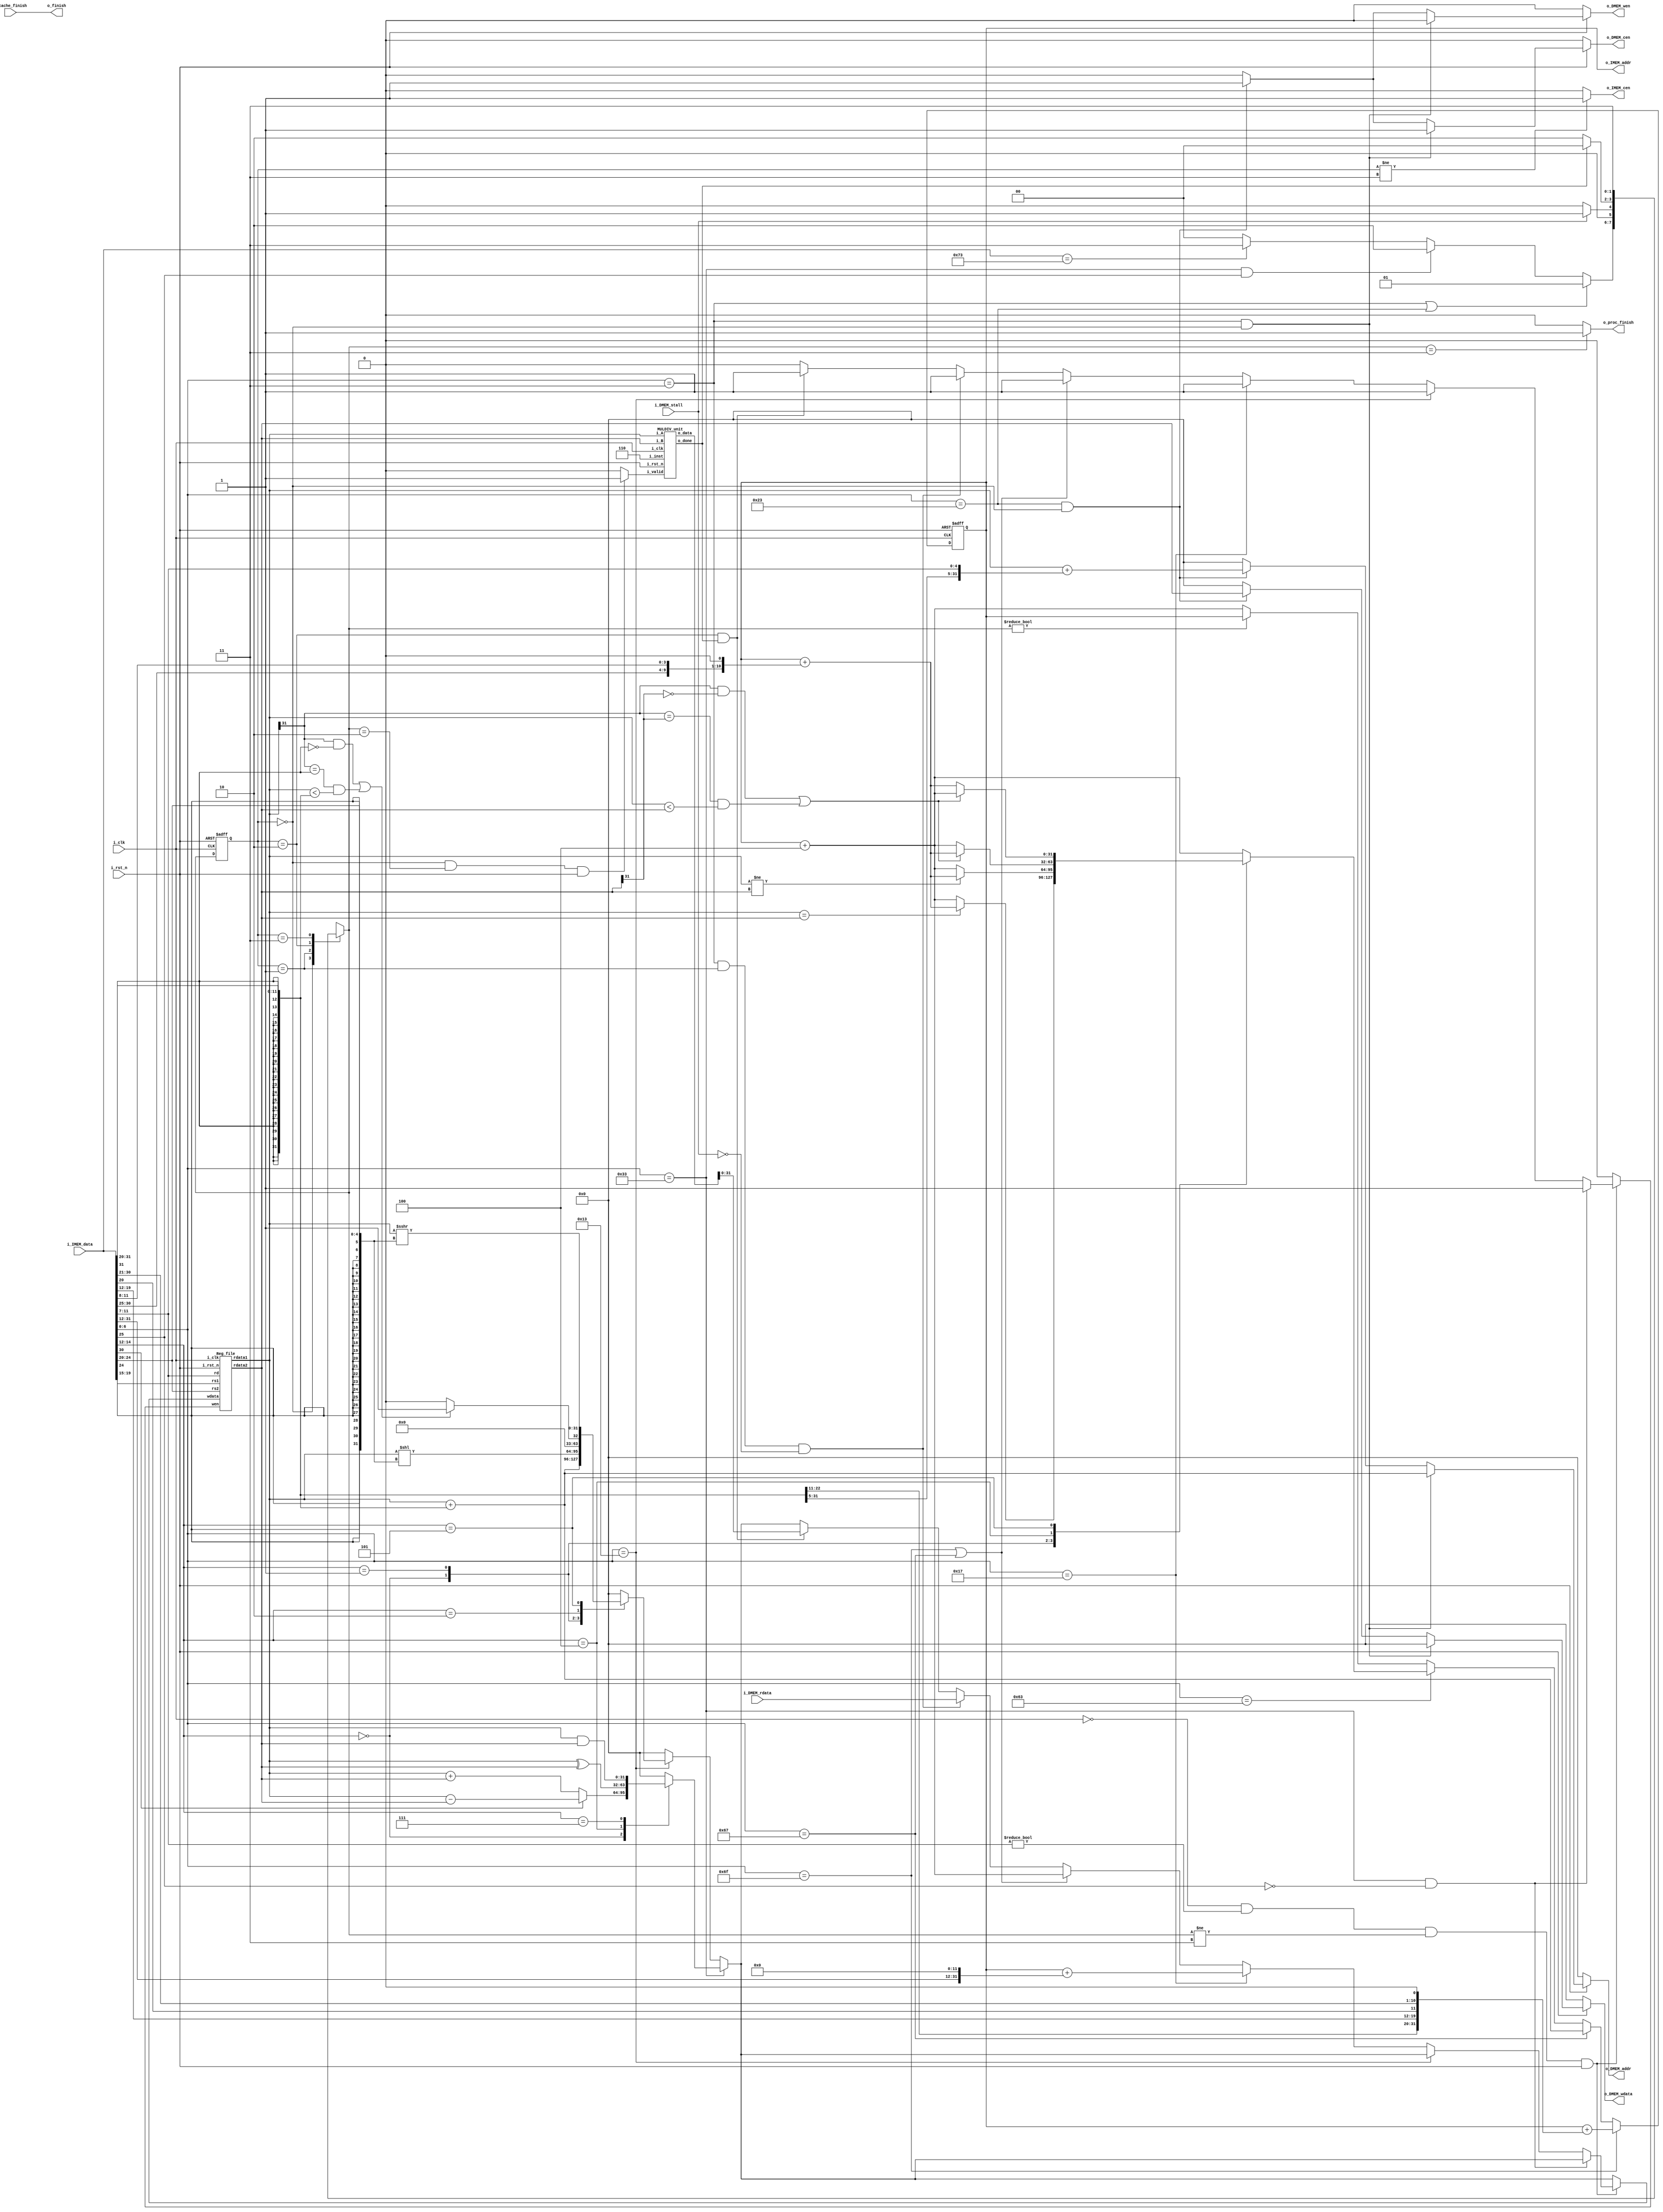
//----------------------------- DO NOT MODIFY THE I/O INTERFACE!! ------------------------------//
module CHIP #(                                                                                  //
    parameter BIT_W = 32                                                                        //
)(                                                                                              //
    // clock                                                                                    //
        input               i_clk,                                                              //
        input               i_rst_n,                                                            //
    // instruction memory                                                                       //
        input  [BIT_W-1:0]  i_IMEM_data,                                                        //
        output [BIT_W-1:0]  o_IMEM_addr,                                                        //
        output              o_IMEM_cen,                                                         //
    // data memory                                                                              //
        input               i_DMEM_stall,                                                       //
        input  [BIT_W-1:0]  i_DMEM_rdata,                                                       //
        output              o_DMEM_cen,                                                         //
        output              o_DMEM_wen,                                                         //
        output [BIT_W-1:0]  o_DMEM_addr,                                                        //
        output [BIT_W-1:0]  o_DMEM_wdata,                                                       //
    // finnish procedure                                                                        //
        output              o_finish,                                                           //
    // cache                                                                                    //
        input               i_cache_finish,                                                     //
        output              o_proc_finish                                                       //
);                                                                                              //
//----------------------------- DO NOT MODIFY THE I/O INTERFACE!! ------------------------------//

// ------------------------------------------------------------------------------------------------------------------------------------------------------
// Parameters
// ------------------------------------------------------------------------------------------------------------------------------------------------------
    // TODO: any declaration
    // ========  FSM  ==========
    // FSM based on operation cycles
    parameter S_INIT           = 2'd0;
    parameter S_MEM_ACCESS     = 2'd1;
    parameter S_MUL            = 2'd2;
    parameter S_TERMINAL       = 2'd3;

// ------------------------------------------------------------------------------------------------------------------------------------------------------
// Wires and Registers
// ------------------------------------------------------------------------------------------------------------------------------------------------------
    
    // TODO: any declaration
        reg  [BIT_W-1:0] PC, next_PC;
        reg mem_cen, mem_wen;
        reg [BIT_W-1:0] mem_addr, mem_wdata;
        //reg [BIT_W-1:0] mem_rdata;
        //reg mem_stall;
        reg  [     1: 0] state, state_nxt; 
        wire [    31: 0] instruction;
        reg  [    31: 0] reg_wdata;
        reg              reg_wen;
        wire [    31: 0] reg_rdata1, reg_rdata2;
        reg  [    31: 0] result;
        wire  mul_valid;
        wire  [    31: 0] mul_result,mul_result_overflow;
        wire  mul_done;
// ------------------------------------------------------------------------------------------------------------------------------------------------------
// Continuous Assignment
// ------------------------------------------------------------------------------------------------------------------------------------------------------

    // TODO: any wire assignment
    assign o_IMEM_addr = PC;
    assign o_IMEM_cen  = (state != S_TERMINAL) ? 1'b1 : 1'b0;

    assign instruction = i_IMEM_data;
    assign o_proc_finish  = (state_nxt == S_TERMINAL) ? 1'b1 : 1'b0;
    assign o_finish = i_cache_finish;
    assign o_DMEM_cen = mem_cen;
    assign o_DMEM_wen = mem_wen;
    assign o_DMEM_addr = mem_addr;
    assign o_DMEM_wdata = mem_wdata;
    // assign i_DMEM_rdata = mem_rdata;
    // assign i_DMEM_stall = mem_stall;
    assign mul_valid = (state == S_INIT && state_nxt == S_MUL && i_rst_n) ? 1'b1 : 1'b0;

// ------------------------------------------------------------------------------------------------------------------------------------------------------
// Submoddules
// ------------------------------------------------------------------------------------------------------------------------------------------------------

    // TODO: Reg_file wire connection
    Reg_file reg0(               
        .i_clk  (i_clk),             
        .i_rst_n(i_rst_n),         
        .wen    (reg_wen),          
        .rs1    (instruction[19:15]),                
        .rs2    (instruction[24:20]),                
        .rd     (instruction[11:7]),                 
        .wdata  (reg_wdata),             
        .rdata1 (reg_rdata1),           
        .rdata2 (reg_rdata2)
    );
    MULDIV_unit M1(
        .i_clk  (i_clk),             
        .i_rst_n(i_rst_n),         
        .i_valid(mul_valid),             
        .i_A    (reg_rdata1),           
        .i_B    (reg_rdata2),           
        .i_inst (3'd6),    
        .o_data ({mul_result_overflow,mul_result}),           
        .o_done (mul_done)
    );
    
// ------------------------------------------------------------------------------------------------------------------------------------------------------
// Always Blocks
// ------------------------------------------------------------------------------------------------------------------------------------------------------
    //ALU
    always @(*) begin
        if(instruction[6:0] == 7'b0110011)begin
            case(instruction[14:12])
                3'b000:begin
                    if(instruction[30] == 1'b1)
                        result = reg_rdata1 - reg_rdata2;
                    else
                        result = reg_rdata1 + reg_rdata2;
                end
                3'b100: result = reg_rdata1 ^ reg_rdata2;
                3'b111: result = reg_rdata1 & reg_rdata2;
                default: result = 32'h0;
            endcase
        end
        else if(instruction[6:0] == 7'b0010011)begin
            case(instruction[14:12])
                3'b000: result = reg_rdata1 + {{20{instruction[31]}},instruction[31:20]};
                3'b001: result = reg_rdata1 << {{27{instruction[24]}},instruction[24:20]};
                3'b010: result = ( ((reg_rdata1[31] == 1'b1) && (instruction[31] == 1'b0))
                    || ((reg_rdata1[31] == instruction[31]) && (reg_rdata1 < {{20{instruction[31]}},instruction[31:20]}))
                    ) ? 32'b1 : 32'b0;
                //dangerous
                3'b101: result = reg_rdata1 >>> {{27{instruction[24]}},instruction[24:20]};
                default: result = 32'h0;
            endcase
        end
        else
            result = 32'h0;
    end
    //pcnxt function
    always @(*) begin
        if(instruction[6:0] == 7'b1101111) begin
            next_PC = PC + {{12{instruction[31]}}, instruction[19:12], instruction[20], instruction[30:21], 1'b0};
        end
        else if(instruction[6:0] == 7'b1100111) begin
            next_PC = {{20{instruction[31]}},instruction[31:20]} + reg_rdata1;
        end
        else if(instruction[6:0] == 7'b1100011) begin
            case(instruction[14:12])
                3'b000: begin
                    if(reg_rdata1 == reg_rdata2)
                        next_PC = PC + {{12{instruction[31]}}, instruction[7], instruction[30:25], instruction[11:8], 1'b0};
                    else
                        next_PC = PC + 32'h4;
                end
                3'b001: begin
                    if(reg_rdata1 != reg_rdata2)
                        next_PC = PC + {{12{instruction[31]}}, instruction[7], instruction[30:25], instruction[11:8], 1'b0};
                    else
                        next_PC = PC + 32'h4;
                end
                3'b100: begin
                    if( ((reg_rdata1[31] == 1'b1) && (reg_rdata2[31] == 1'b0)) 
                        || ((reg_rdata1[31] == reg_rdata2[31]) && (reg_rdata1 < reg_rdata2))
                    )
                        next_PC = PC + {{12{instruction[31]}}, instruction[7], instruction[30:25], instruction[11:8], 1'b0};
                    else
                        next_PC = PC + 32'h4;
                end
                3'b101: begin
                    if( ((reg_rdata1[31] == 1'b1) && (reg_rdata2[31] == 1'b0)) 
                        || ((reg_rdata1[31] == reg_rdata2[31]) && (reg_rdata1 < reg_rdata2))
                    )
                        next_PC = PC + 32'h4;
                    else
                        next_PC = PC + {{12{instruction[31]}}, instruction[7], instruction[30:25], instruction[11:8], 1'b0};
                end
                default: begin
                    next_PC = PC + 32'h4;
                end
            endcase
        end
        else if (state_nxt != S_INIT)begin
            next_PC = PC;
        end
        else begin
            next_PC = PC + 32'h4;
        end

    end

    //mem access
    always @(*) begin
        if(!i_rst_n ) begin
            mem_cen = 1'b0;
            mem_wen = 1'b0;
            mem_addr = 32'h0;
            mem_wdata = 32'h0;
        end
        else if (instruction[6:0] == 7'b0000011 && state == S_INIT) begin
            mem_cen = 1'b1;
            mem_wen = 1'b0;
            mem_addr = reg_rdata1 + {{20{instruction[31]}},instruction[31:20]};
            mem_wdata = 32'b0;
        end
        else if (instruction[6:0] == 7'b0100011 && state == S_INIT)begin
            mem_cen = 1'b1;
            mem_wen = 1'b1;
            mem_addr = reg_rdata1 + {{20{instruction[31]}},instruction[31:25], instruction[11:7]};
            mem_wdata = reg_rdata2;
        end
        else begin
            mem_cen = 1'b0;
            mem_wen = 1'b0;
            mem_addr = 32'h0;
            mem_wdata = 32'h0;
        end
    end
    //reg write
    always @(*) begin
        if (i_clk == 1'b0 && instruction[11:7]!= 5'b00000 && state_nxt != S_TERMINAL && i_rst_n) begin
            if(instruction[6:0] == 7'b0110011 && instruction[25] == 1'b0) begin
                reg_wdata = result;
                reg_wen = 1'b1;
            end
            else if(instruction[6:0] == 7'b0010011) begin
                reg_wdata = result;
                reg_wen = 1'b1;
            end 
            else if(instruction[6:0] == 7'b0010111) begin
                reg_wdata = PC + {instruction[31:12],12'b0};
                reg_wen = 1'b1;
            end
            else if(instruction[6:0] == 7'b1101111 || instruction[6:0] == 7'b1100111) begin
                reg_wdata = PC + 32'b100;
                reg_wen = 1'b1;
            end
            else if(instruction[6:0] == 7'b0000011 && state == S_MEM_ACCESS && i_DMEM_stall == 0) begin
                reg_wdata = i_DMEM_rdata;
                reg_wen = 1'b1;
            end
            else if(state == S_MUL && mul_done == 1'b1) begin
                reg_wdata = mul_result;
                reg_wen = 1'b1;
            end
            else begin
                reg_wen = 1'b0;                 
                reg_wdata = result;            
            end
        end
        else begin
            reg_wen = 1'b0;                 
            reg_wdata = result;
        end
    end

    // Todo: FSM
    always @(*) begin
        case(state)
            S_INIT: begin
                if (instruction[6:0] == 7'b0000011 || instruction[6:0] == 7'b0100011)
                    state_nxt = S_MEM_ACCESS;
                else if (instruction[6:0] == 7'b0110011 && instruction[25] == 1'b1)
                    state_nxt = S_MUL;
                else if (instruction == 32'h00000073)
                    state_nxt = S_TERMINAL;
                else
                    state_nxt = S_INIT;
            end
            S_MEM_ACCESS: begin
                if (i_DMEM_stall == 0)
                    state_nxt = S_INIT;
                else
                    state_nxt = S_MEM_ACCESS;
            end
            S_MUL: begin
                if (mul_done == 1'b1)
                    state_nxt = S_INIT;
                else
                    state_nxt = S_MUL;
            end
            S_TERMINAL: begin
                state_nxt = S_TERMINAL;
            end
            default: begin
                state_nxt = state;
            end
        endcase
    end


    always @(posedge i_clk or negedge i_rst_n) begin
        if (!i_rst_n) begin
            PC <= 32'h00010000; // Do not modify this value!!!
            state <= S_INIT;
        end
        else begin
            PC <= next_PC;
            state <= state_nxt;
        end
    end
endmodule

module Reg_file(i_clk, i_rst_n, wen, rs1, rs2, rd, wdata, rdata1, rdata2);
   
    parameter BITS = 32;
    parameter word_depth = 32;
    parameter addr_width = 5; // 2^addr_width >= word_depth
    
    input i_clk, i_rst_n, wen; // wen: 0:read | 1:write
    input [BITS-1:0] wdata;
    input [addr_width-1:0] rs1, rs2, rd;

    output [BITS-1:0] rdata1, rdata2;

    reg [BITS-1:0] mem [0:word_depth-1];
    reg [BITS-1:0] mem_nxt [0:word_depth-1];

    integer i;

    assign rdata1 = mem[rs1];
    assign rdata2 = mem[rs2];

    always @(*) begin
        for (i=0; i<word_depth; i=i+1)
            mem_nxt[i] = (wen && (rd == i)) ? wdata : mem[i];
    end

    always @(posedge i_clk or negedge i_rst_n) begin
        if (!i_rst_n) begin
            mem[0] <= 0;
            for (i=1; i<word_depth; i=i+1) begin
                case(i)
                    32'd2: mem[i] <= 32'hbffffff0;
                    32'd3: mem[i] <= 32'h10008000;
                    default: mem[i] <= 32'h0;
                endcase
            end
        end
        else begin
            mem[0] <= 0;
            for (i=1; i<word_depth; i=i+1)
                mem[i] <= mem_nxt[i];
        end       
    end
endmodule

module MULDIV_unit#(
    parameter DATA_W = 32
    // TODO: port declaration
    )(
    input                       i_clk,   // clock
    input                       i_rst_n, // reset

    input                       i_valid, // input valid signal
    input [DATA_W - 1 : 0]      i_A,     // input operand A
    input [DATA_W - 1 : 0]      i_B,     // input operand B
    input [         2 : 0]      i_inst,  // instruction

    output [2*DATA_W - 1 : 0]   o_data,  // output value
    output                      o_done   // output valid signal
    );
// Parameters
    // ======== choose your FSM style ==========
    // 1. FSM based on operation cycles
    parameter S_IDLE           = 2'd0;
    parameter S_ONE_CYCLE_OP   = 2'd1;
    parameter S_MULTI_CYCLE_OP = 2'd2;

// Wires & Regs
    // Todo
    // state
    reg  [         1: 0] state, state_nxt; // remember to expand the bit width if you want to add more states!

    // load input
    reg  [  DATA_W-1: 0] operand_a, operand_a_nxt;
    reg  [  DATA_W-1: 0] operand_b, operand_b_nxt;
    reg  [         2: 0] inst, inst_nxt;
    //other
    reg  [2*DATA_W-1: 0] output_data;
    reg  [2*DATA_W-1: 0] output_nxt;
    reg  [         4: 0] mul_div_counter;
    reg  [         4: 0] counter_nxt;
    reg  oDone;
    reg  oDone_nxt;
    reg  [2*DATA_W-1: 0] temp1, temp2;
// Wire Assignments
    // Todo
    assign o_done = oDone;
    assign o_data = output_data;
  
// Always Combination
    // load input
    always @(*) begin
        if (i_valid) begin
            operand_a_nxt = i_A;
            operand_b_nxt = i_B;
            inst_nxt      = i_inst;
        end
        else begin
            operand_a_nxt = operand_a;
            operand_b_nxt = operand_b;
            inst_nxt      = inst;
        end
    end
    // Todo: FSM
    always @(*) begin
        case(state)
            S_IDLE           : // if i_inst = 0~5, we can go s_one_cycle_op
            if (i_valid) begin
                if (i_inst >= 3'd6)
                    state_nxt = S_MULTI_CYCLE_OP;
                else
                    state_nxt = S_ONE_CYCLE_OP;
            end else 
                state_nxt = S_IDLE;

            S_ONE_CYCLE_OP   :
                state_nxt = S_IDLE;
            
            // if(i_inst == 3d'0)
            //     state_nxt = S_ADD;
            // else if(i_inst == 3d'1)
            //     state_nxt = S_SUB;
            // else if(i_inst == 3d'2)
            //     state_nxt = S_AND;
            // else if(i_inst == 3d'3)
            //     state_nxt = S_OR;
            // else if(i_inst == 3d'4)
            //     state_nxt = S_SLT;
            // else 
            //     state_nxt = S_SRA;

            S_MULTI_CYCLE_OP :

            if (mul_div_counter == 31) 
                // Transition o the next state after 32 cycles
                state_nxt = S_IDLE;
            else 
                // Stay in the S_MULTI_CYCLE_OP state until 32 cycles are completed
                state_nxt = S_MULTI_CYCLE_OP;
            
            default : state_nxt = state;
        endcase
    end
    // Todo: Counter
    // Counter for MUL/DIV cycles
    always @(*) begin
		if (state == S_MULTI_CYCLE_OP) 
				counter_nxt = mul_div_counter + 1;
		else 
				counter_nxt = 0;
	end

    // Todo: ALU output
    always @(*) begin
        output_nxt[2*DATA_W-1:0] = 0;
        case (state)
            S_ONE_CYCLE_OP : begin
                case (inst)
                    3'b000: begin 
                        output_nxt[DATA_W-1:0] = operand_a[DATA_W-1:0]+ operand_b[DATA_W-1:0]; // ADD
                        //check overflow
                        if (operand_a[DATA_W-1] == 1'b0 && operand_b[DATA_W-1] == 1'b0 && output_nxt[DATA_W-1] == 1'b1)
                            output_nxt = 32'h7fffffff;
                        else if(operand_a[DATA_W-1] == 1'b1 && operand_b[DATA_W-1] == 1'b1 && output_nxt[DATA_W-1] == 1'b0)
                            output_nxt = 32'h80000000;
                    end

                    3'b001: begin 
                        output_nxt[DATA_W-1:0] = operand_a[DATA_W-1:0] - operand_b[DATA_W-1:0]; // SUB
                        //check overflow
                        if (operand_a[DATA_W-1] != operand_b[DATA_W-1] && output_nxt[DATA_W-1] != operand_a[DATA_W-1]) begin
                            if(operand_a[DATA_W-1] == 1) begin
                                output_nxt = 32'h80000000; 
                            end
                            else begin
                                output_nxt = 32'h7fffffff; 
                            end
                        end  
                    end

                    3'b010: output_nxt[DATA_W-1:0] = operand_a[DATA_W-1:0] & operand_b[DATA_W-1:0]; // AND
                    3'b011: output_nxt[DATA_W-1:0] = operand_a[DATA_W-1:0] | operand_b[DATA_W-1:0]; // OR
                    3'b100: begin
					if(operand_a[DATA_W-1] == 1'b1 && operand_b[DATA_W-1] == 1'b0)
						output_nxt = 1;
					else if(operand_a[DATA_W-1] == 1'b0 && operand_b[DATA_W-1] == 1'b1)
						output_nxt = 0;
					else
						output_nxt =  (operand_a[DATA_W-1:0] < operand_b[DATA_W-1:0]) ? 1 : 0;
					end
					
					// output_data[DATA_W-1:0] = (operand_a[DATA_W-1:0] < operand_b[DATA_W-1:0]) ? 1 : 0; // SLT
					3'b101: output_nxt[DATA_W-1:0] = $signed(operand_a[DATA_W-1:0]) >>> operand_b[DATA_W-1:0]; // SRA
                    
                    default: output_nxt = 0;
                endcase
            end


            S_MULTI_CYCLE_OP:begin
                temp1[2*DATA_W-1:0] = 0;
                temp2[2*DATA_W-1:0] = 0;
                case(inst)
                    3'b110: begin
                        // temp2 store the temp output
                        if (mul_div_counter == 0) begin
							temp2[2*DATA_W-1:0] = operand_b >> 1;
                            if(operand_b[0] == 1'b1) begin
                                temp1[2*DATA_W-1:0] = operand_a << DATA_W-1;
                                temp2[2*DATA_W-1:0] = temp1[2*DATA_W-1:0] + temp2[2*DATA_W-1:0];
                            end
                        end
                        else if (mul_div_counter < 32) begin
                            temp2[2*DATA_W-1:0] = output_data[2*DATA_W-1:0] >> 1;
                            if(output_data[0] == 1'b1) begin
                                temp1[2*DATA_W-1:0] = operand_a << DATA_W-1;
                                temp2[2*DATA_W-1:0] = temp1[2*DATA_W-1:0] + temp2[2*DATA_W-1:0];
                            end
                             // MUL
                             // b = b + a
    
                        end
                        else begin
                            output_nxt = 0;
                        end
                        output_nxt[2*DATA_W-1:0] = temp2[2*DATA_W-1:0];
                    end
                    3'b111: begin
                        if(mul_div_counter == 0)    
                            temp2[2*DATA_W-1:0] = operand_a << 1;       
                        else 
                            temp2[2*DATA_W-1:0] = output_data[2*DATA_W-1:0];               

                        if (mul_div_counter < 31) begin
                            temp1[DATA_W-1:0] = temp2[2*DATA_W-1:DATA_W];     
                            if (temp1[DATA_W-1:0] >= operand_b) begin
                                temp1[DATA_W-1:0] = temp1[DATA_W-1:0] - operand_b[DATA_W-1:0];
                                temp2[2*DATA_W-1:DATA_W] = temp1[DATA_W-1:0];
                                temp2[2*DATA_W-1:0] = temp2[2*DATA_W-1:0] << 1;
                                temp2[2*DATA_W-1:0] = temp2[2*DATA_W-1:0] + 1'b1;
                            end
                            else begin
                                temp2[2*DATA_W-1:0] = temp2[2*DATA_W-1:0] << 1;
                            end
                            output_nxt[2*DATA_W-1:0] = temp2[2*DATA_W-1:0];
                            //  DIV
                
                        end
                        // step = 32
                        if(mul_div_counter == 31) begin
                            temp1[DATA_W-1:0] = temp2[DATA_W-1:0];                                   // temp1 = right half
                            output_nxt[DATA_W-1:0] = temp1[DATA_W-1:0] << 1;          
                            temp1[DATA_W-1:0] = temp2[2*DATA_W-1:DATA_W];                            // temp1 = left half
                            if(temp1[DATA_W-1:0] >= operand_b) begin
                                temp1[DATA_W-1:0] = temp1[DATA_W-1:0] - operand_b;
                                output_nxt[0] = 1;
                            end
                            output_nxt[2*DATA_W-1:DATA_W] = temp1[DATA_W-1:0];

                        end

                    end
	           		 default: output_nxt = 0;
    		    endcase
            end
		endcase
	end
    


    
    // Todo: output valid signal
    always @(*) begin
        if (state == S_ONE_CYCLE_OP || (state == S_MULTI_CYCLE_OP && mul_div_counter == 31)) begin        
            oDone_nxt = 1;
        end
        else begin                        
            oDone_nxt = 0;
        end
    end


	

    // Todo: Sequential always block
    always @(posedge i_clk or negedge i_rst_n) begin
        if (!i_rst_n) begin
            state       <= S_IDLE;
            operand_a   <= 0;
            operand_b   <= 0;
            inst        <= 0;
            mul_div_counter <= 0;
            oDone      <= 0;
            output_data      <= 0;

        end
        else begin
            state       <= state_nxt;
            operand_a   <= operand_a_nxt;
            operand_b   <= operand_b_nxt;
            inst        <= inst_nxt;
			mul_div_counter <= counter_nxt;
            oDone      <= oDone_nxt;
            output_data      <= output_nxt;
            
        end
    end
endmodule

module Cache#(
        parameter BIT_W = 32,
        parameter ADDR_W = 32,
        parameter block_size = 8
    )(
        input i_clk,
        input i_rst_n,
        // processor interface
            input i_proc_cen,
            input i_proc_wen,
            input [ADDR_W-1:0] i_proc_addr,
            input [BIT_W-1:0]  i_proc_wdata,
            output [BIT_W-1:0] o_proc_rdata,
            output o_proc_stall,
            input i_proc_finish,
            output o_cache_finish,
        // memory interface
            output o_mem_cen,
            output o_mem_wen,
            output [ADDR_W-1:0] o_mem_addr,
            output [BIT_W*4-1:0]  o_mem_wdata,
            input [BIT_W*4-1:0] i_mem_rdata,
            input i_mem_stall,
            output o_cache_available,
        // others
        input  [ADDR_W-1: 0] i_offset
    );

    integer i;

    assign o_cache_available = 1; // change this value to 1 if the cache is implemented

    //------------------------------------------//
    // //          default connection              //
    // assign o_mem_cen = i_proc_cen;              //
    // assign o_mem_wen = i_proc_wen;              //
    // assign o_mem_addr = i_proc_addr;            //
    // assign o_mem_wdata = i_proc_wdata;          //
    // assign o_proc_rdata = i_mem_rdata[0+:BIT_W];//
    // assign o_proc_stall = i_mem_stall;          //
    //------------------------------------------//

    // Todo: cache implementation
    // 1. cache memory
    reg     [BIT_W*4-1:0] mem1[0:block_size-1], mem2[0:block_size-1], mem1_nxt[0:block_size-1], mem2_nxt[0:block_size-1];
    reg     [24:0]        tag1[0:block_size-1], tag2[0:block_size-1], tag1_nxt[0:block_size-1], tag2_nxt[0:block_size-1];
    reg     valid1[0:block_size-1], valid2[0:block_size-1], valid1_nxt[0:block_size-1], valid2_nxt[0:block_size-1];
    reg                   tag_lru[0:block_size-1],tag_lru_nxt[0:block_size-1];
    // 2. rag int
    reg        chip_cen, chip_wen, chip_cen_nxt, chip_wen_nxt;
    reg [31:0] chip_addr, chip_wdata, chip_addr_nxt, chip_wdata_nxt;
    reg [31:0] memory_write_addr, memory_write_data, memory_write_addr_nxt, memory_write_data_nxt;
    
    //assign


    // ========  FSM  ==========
    // FSM based on operation cycles
    parameter S_INIT           = 3'd0;
    parameter S_READ_MISS      = 3'd1;
    parameter S_WRITE_HIT      = 3'd2;
    parameter S_WRITE_MISS     = 3'd3;
    parameter S_MEMREAD        = 3'd4;
    parameter S_CACHEWRITE     = 3'd5;
    parameter S_MEMWRITE       = 3'd6;
    parameter S_BUFFER         = 3'd7;
    
    reg     [3:0]       state, state_nxt;

    //true address (start from i_offset)
    wire [31:0] i_proc_addr_true;
    assign i_proc_addr_true = i_proc_addr - i_offset;

    wire hit;

    // hit
    assign hit = (( chip_cen && ( 
                        (valid1[chip_addr[6:4]] && chip_addr[31:7] == tag1[chip_addr[6:4]]) 
                     || (valid2[chip_addr[6:4]] && (chip_addr[31:7] == tag2[chip_addr[6:4]]))
                    ) 
                 ) || ( i_proc_cen && (
                        (valid1[i_proc_addr_true[6:4]] && i_proc_addr_true[31:7] == tag1[i_proc_addr_true[6:4]]) 
                     || (valid2[i_proc_addr_true[6:4]] && (i_proc_addr_true[31:7] == tag2[i_proc_addr_true[6:4]]))
                    )
                 )) ? 1'b1 : 1'b0;
 

    //chip related
    
    always @(*) begin
        if ((state == S_INIT || state == S_MEMREAD || state == S_CACHEWRITE || state == S_MEMWRITE) && i_proc_cen) begin
            chip_cen_nxt = i_proc_cen;
            chip_wen_nxt = i_proc_wen;
            chip_addr_nxt = i_proc_addr_true;
            chip_wdata_nxt = i_proc_wdata;
        end
        else if ((state != S_INIT && state_nxt == S_INIT) || state == S_WRITE_MISS || state == S_WRITE_HIT) begin
            chip_cen_nxt = 1'b0;
            chip_wen_nxt = 1'b0;
            chip_addr_nxt = 32'h0;
            chip_wdata_nxt = 32'h0;
        end
        else if(chip_cen && !chip_wen && hit) begin
            chip_cen_nxt = 1'b0;
            chip_wen_nxt = 1'b0;
            chip_addr_nxt = 32'h0;
            chip_wdata_nxt = 32'h0;
        end
        else begin
            chip_cen_nxt = chip_cen;
            chip_wen_nxt = chip_wen;
            chip_addr_nxt = chip_addr;
            chip_wdata_nxt = chip_wdata;
        end
    end

    //write buffer
    always @(*) begin
        if (state == S_WRITE_HIT || state == S_WRITE_MISS) begin
            memory_write_addr_nxt = chip_addr;
            memory_write_data_nxt = chip_wdata;
        end
        else if (state == S_MEMWRITE && state_nxt != S_MEMWRITE) begin
            memory_write_addr_nxt = 32'h0;
            memory_write_data_nxt = 32'h0;
        end
        else begin
            memory_write_addr_nxt = memory_write_addr;
            memory_write_data_nxt = memory_write_data;
        end
    end

    //mem access
    reg mem_cen, mem_wen;
    reg [31:0] mem_addr;
    reg [127:0] mem_wdata;
    assign o_mem_cen = mem_cen;
    assign o_mem_wen = mem_wen;
    assign o_mem_addr = mem_addr;
    assign o_mem_wdata = mem_wdata;

    always @(*) begin
        if (state_nxt == S_READ_MISS && state != S_READ_MISS) begin
            if(chip_cen) begin
                mem_cen = 1;
                mem_wen = 0;
                mem_addr = {chip_addr[31:4],4'b0} + i_offset;
                mem_wdata = 0;
            end
            else begin
                mem_cen = 1;
                mem_wen = 0;
                mem_addr = {i_proc_addr_true[31:4],4'b0} + i_offset;   
                mem_wdata = 0;
            end
        end
        else if (state == S_CACHEWRITE) begin
            mem_cen = 1;
            mem_wen = 1;
            mem_addr = {memory_write_addr[31:4],4'b0} + i_offset;
            mem_wdata = (tag1[memory_write_addr[6:4]] == memory_write_addr[31:7]) ? mem1[memory_write_addr[6:4]] : mem2[memory_write_addr[6:4]];
        end
        else if (state == S_WRITE_MISS) begin
            mem_cen = 1;
            mem_wen = 0;
            mem_addr = {chip_addr[31:4],4'b0} + i_offset;
            mem_wdata = 0;
        end
        else if (state == S_WRITE_HIT) begin
            mem_cen = 1;
            mem_wen = 1;
            mem_addr = {chip_addr[31:4],4'b0} + i_offset;
            mem_wdata = (tag1[chip_addr[6:4]] == chip_addr[31:7]) ? mem1[chip_addr[6:4]] : mem2[chip_addr[6:4]];
        end
        else begin
            mem_cen = 1'b0;
            mem_wen = 1'b0;
            mem_addr = 32'h0;
            mem_wdata = 32'h0;
        end
    end
    // cache data
    reg [2:0] cache_write_index;
    reg [24:0] cache_write_tag;
    reg [127:0] cache_write_data;

    always @(*) begin

        for (i=0; i<block_size; i=i+1) begin
                mem1_nxt[i] = mem1[i];
                mem2_nxt[i] = mem2[i];
                tag1_nxt[i] = tag1[i];
                tag2_nxt[i] = tag2[i];
                valid1_nxt[i] = valid1[i];
                valid2_nxt[i] = valid2[i];
                tag_lru_nxt[i] = tag_lru[i];
        end

        if(state == S_READ_MISS && state_nxt == S_INIT) begin
            cache_write_index = chip_addr[6:4];
            cache_write_tag = chip_addr[31:7];
            cache_write_data = i_mem_rdata;

            if( !valid1[cache_write_index] || (valid2[cache_write_index] && !tag_lru[cache_write_index]) ) begin
                mem1_nxt[cache_write_index] = cache_write_data;
                tag1_nxt[cache_write_index] = cache_write_tag ;
                valid1_nxt[cache_write_index] = 1'b1;
                tag_lru_nxt[cache_write_index] = 1'b1;// is recent

                mem2_nxt[cache_write_index] = mem2[cache_write_index];
                tag2_nxt[cache_write_index] = tag2[cache_write_index];
                valid2_nxt[cache_write_index] = valid2[cache_write_index];
            end
            else begin
                mem2_nxt[cache_write_index] = cache_write_data;
                tag2_nxt[cache_write_index] = cache_write_tag ;
                valid2_nxt[cache_write_index] = 1'b1;
                tag_lru_nxt[cache_write_index] = 1'b0;// is recent

                mem1_nxt[cache_write_index] = mem1[cache_write_index];
                tag1_nxt[cache_write_index] = tag1[cache_write_index];
                valid1_nxt[cache_write_index] = valid1[cache_write_index];
            end
        end
        else if(state_nxt == S_WRITE_HIT) begin
            if(i_proc_cen) begin
                cache_write_index = i_proc_addr_true[6:4];
                cache_write_tag = i_proc_addr_true[31:7];
                case (i_proc_addr_true[3:2]) 
                    2'b00: cache_write_data = (tag1[cache_write_index] == cache_write_tag) ?
                                                    {mem1[cache_write_index][127:32], i_proc_wdata} :
                                                    {mem2[cache_write_index][127:32], i_proc_wdata} ;
                    2'b01: cache_write_data = (tag1[cache_write_index] == cache_write_tag) ?
                                                    {mem1[cache_write_index][127:64], i_proc_wdata, mem1[cache_write_index][31:0]} :
                                                    {mem2[cache_write_index][127:64], i_proc_wdata, mem2[cache_write_index][31:0]} ;
                    2'b10: cache_write_data = (tag1[cache_write_index] == cache_write_tag) ?
                                                    {mem1[cache_write_index][127:96], i_proc_wdata, mem1[cache_write_index][63:0]} :
                                                    {mem2[cache_write_index][127:96], i_proc_wdata, mem2[cache_write_index][63:0]} ;
                    2'b11: cache_write_data = (tag1[cache_write_index] == cache_write_tag) ?
                                                    {i_proc_wdata, mem1[cache_write_index][95:0]} :
                                                    {i_proc_wdata, mem2[cache_write_index][95:0]} ;
                endcase
            end
            else begin
                cache_write_index = chip_addr[6:4];
                cache_write_tag = chip_addr[31:7];
                case (chip_addr[3:2]) 
                    2'b00: cache_write_data = (tag1[cache_write_index] == cache_write_tag) ?
                                                    {mem1[cache_write_index][127:32], chip_wdata} :
                                                    {mem2[cache_write_index][127:32], chip_wdata} ;
                    2'b01: cache_write_data = (tag1[cache_write_index] == cache_write_tag) ?
                                                    {mem1[cache_write_index][127:64], chip_wdata, mem1[cache_write_index][31:0]} :
                                                    {mem2[cache_write_index][127:64], chip_wdata, mem2[cache_write_index][31:0]} ;
                    2'b10: cache_write_data = (tag1[cache_write_index] == cache_write_tag) ?
                                                    {mem1[cache_write_index][127:96], chip_wdata, mem1[cache_write_index][63:0]} :
                                                    {mem2[cache_write_index][127:96], chip_wdata, mem2[cache_write_index][63:0]} ;
                    2'b11: cache_write_data = (tag1[cache_write_index] == cache_write_tag) ?
                                                    {chip_wdata, mem1[cache_write_index][95:0]} :
                                                    {chip_wdata, mem2[cache_write_index][95:0]} ;
                endcase
            end

            if( tag1[cache_write_index] == cache_write_tag ) begin
                mem1_nxt[cache_write_index] = cache_write_data;
                tag1_nxt[cache_write_index] = cache_write_tag ;
                valid1_nxt[cache_write_index] = 1'b1;
                tag_lru_nxt[cache_write_index] = 1'b1;// is recent

                mem2_nxt[cache_write_index] = mem2[cache_write_index];
                tag2_nxt[cache_write_index] = tag2[cache_write_index];
                valid2_nxt[cache_write_index] = valid2[cache_write_index];
            end
            else begin
                mem2_nxt[cache_write_index] = cache_write_data;
                tag2_nxt[cache_write_index] = cache_write_tag ;
                valid2_nxt[cache_write_index] = 1'b1;
                tag_lru_nxt[cache_write_index] = 1'b0;// is recent

                mem1_nxt[cache_write_index] = mem1[cache_write_index];
                tag1_nxt[cache_write_index] = tag1[cache_write_index];
                valid1_nxt[cache_write_index] = valid1[cache_write_index];
            end
        end
        else if (state == S_MEMREAD && state_nxt == S_CACHEWRITE) begin
            cache_write_index = memory_write_addr[6:4];
            cache_write_tag = memory_write_addr[31:7];
            case (memory_write_addr[3:2]) 
                2'b00: cache_write_data = {i_mem_rdata[127:32], memory_write_data};

                2'b01: cache_write_data = {i_mem_rdata[127:64], memory_write_data, i_mem_rdata[31:0]};
                                                
                2'b10: cache_write_data = {i_mem_rdata[127:96], memory_write_data, i_mem_rdata[63:0]};
                                                
                2'b11: cache_write_data = {memory_write_data, i_mem_rdata[95:0]};
                                              
            endcase
            if( !valid1[cache_write_index] || (valid2[cache_write_index] && !tag_lru[cache_write_index]) ) begin
                mem1_nxt[cache_write_index] = cache_write_data;
                tag1_nxt[cache_write_index] = cache_write_tag ;
                valid1_nxt[cache_write_index] = 1'b1;
                tag_lru_nxt[cache_write_index] = 1'b1;// is recent

                mem2_nxt[cache_write_index] = mem2[cache_write_index];
                tag2_nxt[cache_write_index] = tag2[cache_write_index];
                valid2_nxt[cache_write_index] = valid2[cache_write_index];
            end
            else begin
                mem2_nxt[cache_write_index] = cache_write_data;
                tag2_nxt[cache_write_index] = cache_write_tag ;
                valid2_nxt[cache_write_index] = 1'b1;
                tag_lru_nxt[cache_write_index] = 1'b0;// is recent

                mem1_nxt[cache_write_index] = mem1[cache_write_index];
                tag1_nxt[cache_write_index] = tag1[cache_write_index];
                valid1_nxt[cache_write_index] = valid1[cache_write_index];
            end
        end
        else begin
            cache_write_index = 0;
            cache_write_tag = 0;
            cache_write_data = 0;
        end
    end

    //output to chip
    reg chip_stall;
    reg [31:0] chip_rdata;
    assign o_proc_stall = chip_stall;
    assign o_proc_rdata = chip_rdata;

    always @(*) begin
        if(chip_cen && !chip_wen && hit) begin
            chip_stall = 1'b0;
            chip_rdata = (tag1[chip_addr[6:4]] == chip_addr[31:7]) ?
                            mem1[chip_addr[6:4]][32*(chip_addr[3:2]) +: 32] :
                            mem2[chip_addr[6:4]][32*(chip_addr[3:2]) +: 32] ;
        end
        else if(state == S_READ_MISS && state_nxt == S_INIT) begin
            chip_stall = 1'b0;
            chip_rdata = i_mem_rdata[32*(chip_addr[3:2]) +: 32];
        end
        else if(state == S_WRITE_HIT || state == S_WRITE_MISS) begin
            chip_stall = 1'b0;
            chip_rdata = 32'b0;
        end
        else begin
            chip_stall = 1'b1;
            chip_rdata = 32'b0;
        end
    end

    //finish signal
    assign o_cache_finish = (i_proc_finish && state == S_INIT) ? 1'b1 : 1'b0 ;

    //nxt state
    always @(*) begin
        case (state)
            S_INIT: begin
                if(i_proc_cen && i_proc_wen && hit)
                    state_nxt = S_WRITE_HIT;
                else if(i_proc_cen && !i_proc_wen && !hit)
                    state_nxt = S_READ_MISS;
                else if(i_proc_cen && i_proc_wen && !hit)
                    state_nxt = S_WRITE_MISS;
                else
                    state_nxt = S_INIT;
            end
            S_READ_MISS: begin
                if(!i_mem_stall)
                    state_nxt = S_INIT;
                else
                    state_nxt = S_READ_MISS;    
            end
            S_WRITE_HIT: begin
                state_nxt = S_MEMWRITE;
            end
            S_WRITE_MISS: begin
                state_nxt = S_MEMREAD;
            end
            S_MEMREAD: begin
                if(!i_mem_stall)
                    state_nxt = S_CACHEWRITE;
                else
                    state_nxt = S_MEMREAD;
            end
            S_CACHEWRITE: begin
                state_nxt = S_MEMWRITE;
            end
            S_MEMWRITE: begin
                if(i_mem_stall)
                    state_nxt = S_MEMWRITE;
                else if(((chip_cen && chip_wen)||(i_proc_cen && i_proc_wen)) && hit)
                    state_nxt = S_WRITE_HIT;
                else if(((chip_cen && !chip_wen)||(i_proc_cen && !i_proc_wen)) && !hit)
                    state_nxt = S_BUFFER;
                else if(((chip_cen && chip_wen)||(i_proc_cen && i_proc_wen)) && !hit)
                    state_nxt = S_WRITE_MISS;
                else
                    state_nxt = S_INIT;
            end
            S_BUFFER: begin
                state_nxt = S_READ_MISS;
            end
            default: begin
                state_nxt = S_INIT;
            end

        endcase
    end

    //state updata
    always @(posedge i_clk or negedge i_rst_n) begin
        if (!i_rst_n) begin
            for (i=0; i<block_size; i=i+1) begin
                mem1[i] <= 0;
                mem2[i] <= 0;
                tag1[i] <= 0;
                tag2[i] <= 0;
                valid1[i] <= 0;
                valid2[i] <= 0;
                tag_lru[i] <= 0;
            end
            chip_cen <= 0;
            chip_wen <= 0;
            chip_addr <= 0;
            chip_wdata <= 0;
            memory_write_addr <= 0;
            memory_write_data <= 0;
            state <= S_INIT;
        end
        else begin
            for (i=0; i<block_size; i=i+1) begin
                mem1[i] <= mem1_nxt[i];
                mem2[i] <= mem2_nxt[i];
                tag1[i] <= tag1_nxt[i];
                tag2[i] <= tag2_nxt[i];
                valid1[i] <= valid1_nxt[i];
                valid2[i] <= valid2_nxt[i];
                tag_lru[i] <= tag_lru_nxt[i];
            end
            chip_cen <= chip_cen_nxt;
            chip_wen <= chip_wen_nxt;
            chip_addr <= chip_addr_nxt;
            chip_wdata <= chip_wdata_nxt;
            memory_write_addr <= memory_write_addr_nxt;
            memory_write_data <= memory_write_data_nxt;
            state <= state_nxt;
        end
    end


endmodule